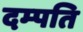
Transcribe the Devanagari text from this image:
दम्‍पति